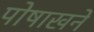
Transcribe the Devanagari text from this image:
पोषाखने